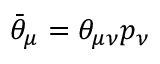
\bar { \theta } _ { \mu } = \theta _ { \mu \nu } p _ { \nu }